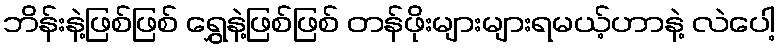
ဘိန်းနဲ့ဖြစ်ဖြစ် ရွှေနဲ့ဖြစ်ဖြစ် တန်ဖိုးများများရမယ့်ဟာနဲ့ လဲပေါ့